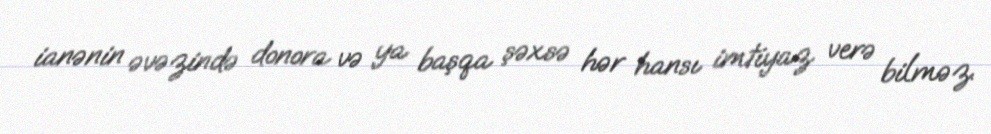
ianənin əvəzində donora və ya başqa şəxsə hər hansı imtiyaz verə bilməz.